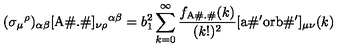
( \sigma _ { \mu } { } ^ { \rho } ) _ { \alpha \beta } [ \mathrm { A { \footnotesize \# } . { \footnotesize \# } } ] _ { \nu \rho } { } ^ { \alpha \beta } = b _ { 1 } ^ { 2 } \sum _ { k = 0 } ^ { \infty } \frac { f _ { \mathrm { A \# . \# } } ( k ) } { ( k ! ) ^ { 2 } } [ \mathrm { a { \footnotesize \# ' } o r b { \footnotesize \# ' } } ] _ { \mu \nu } ( k )